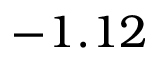
- 1 . 1 2